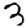
Digit: 3